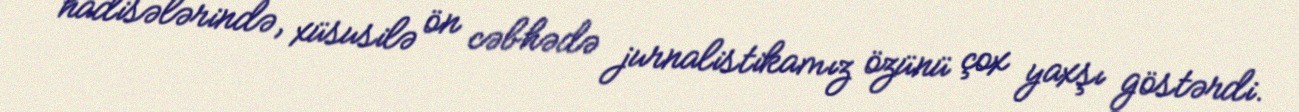
hadisələrində, xüsusilə ön cəbhədə jurnalistikamız özünü çox yaxşı göstərdi.